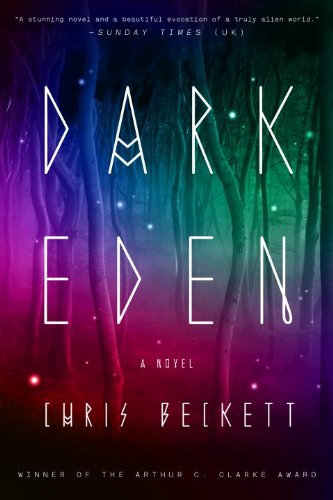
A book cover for Dark Eden; Chris Beckett; Science Fiction & Fantasy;